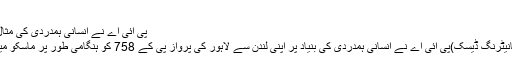
بتایا گیا ہے
پی آئی اے نے انسانی ہمدردی کی مثال قائم کردی
راولپنڈی (مانیٹرنگ ڈیسک)پی آئی اے نے انسانی ہمدردی کی بنیاد پر اپنی لندن سے لاہور کی پرواز پی کے 758 کو ہنگامی طور پر ماسکو میں لینڈ کرایا۔